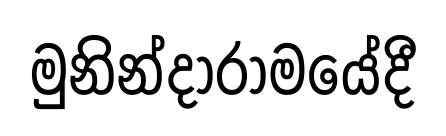
මුනින්දාරාමයේදී